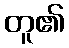
တူ၏